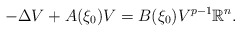
\begin{align*}-\Delta V+A(\xi_{0})V=B(\xi_{0})V^{p-1}\mathbb{R}^{n}.\end{align*}